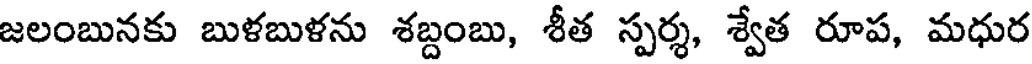
జలంబునకు బుళబుళను శబ్దంబు, శీత స్పర్శ, శ్వేత రూప, మధుర